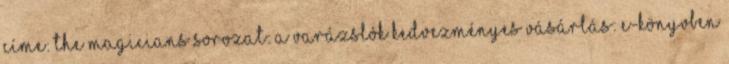
címe: The Magicians Sorozat: A varázslók Kedvezményes vásárlás: E-könyvben